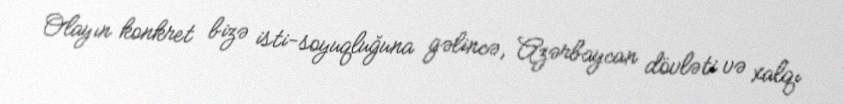
Olayın konkret bizə isti-soyuqluğuna gəlincə, Azərbaycan dövləti və xalqı